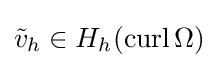
{\tilde {v}}_{h}\in H_{h}(\operatorname {curl} \Omega )